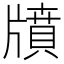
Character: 𤗸